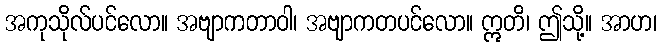
အကုသိုလ်ပင်လော။ အဗျာကတာဝါ၊ အဗျာကတပင်လော။ ဣတိ၊ ဤသို့။ အာဟ၊